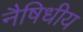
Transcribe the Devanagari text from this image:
नैषिधीय